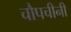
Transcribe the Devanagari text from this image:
चौपचीनी